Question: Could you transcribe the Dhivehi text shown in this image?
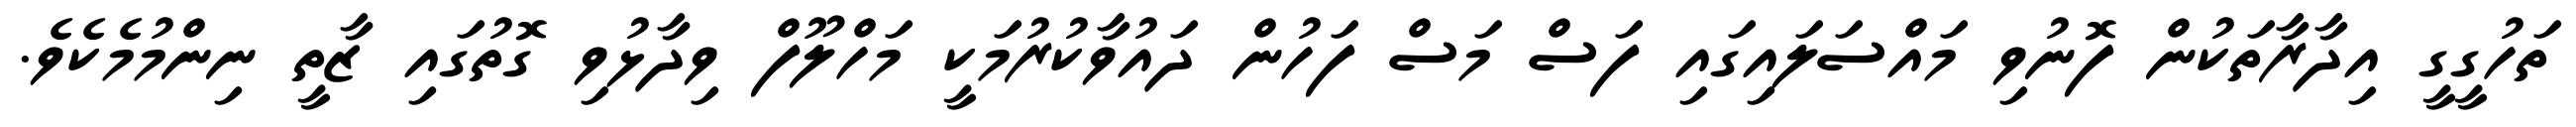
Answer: ތަހުގީގީ އިދާރާތަކުން ފޮނުވި މައްސަލައިގައި ފަސް މަސް ފަހުން ދައުވާކުރުމަކީ މަހްލޫފް ވިދާޅުވި ގޮތުގައި ޒާތީ ނިންމުމެކެވެ.